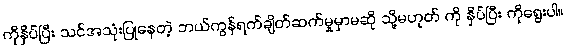
ကိုနှိပ်ပြီး သင်အသုံးပြုနေတဲ့ ဘယ်ကွန်ရက်ချိတ်ဆက်မှုမှာမဆို သို့မဟုတ် ကို နှိပ်ပြီး ကိုရွေးပါ။